Insane asylums in Bengal annual reports 1876-1887 - 1876-1887
Year: 1876
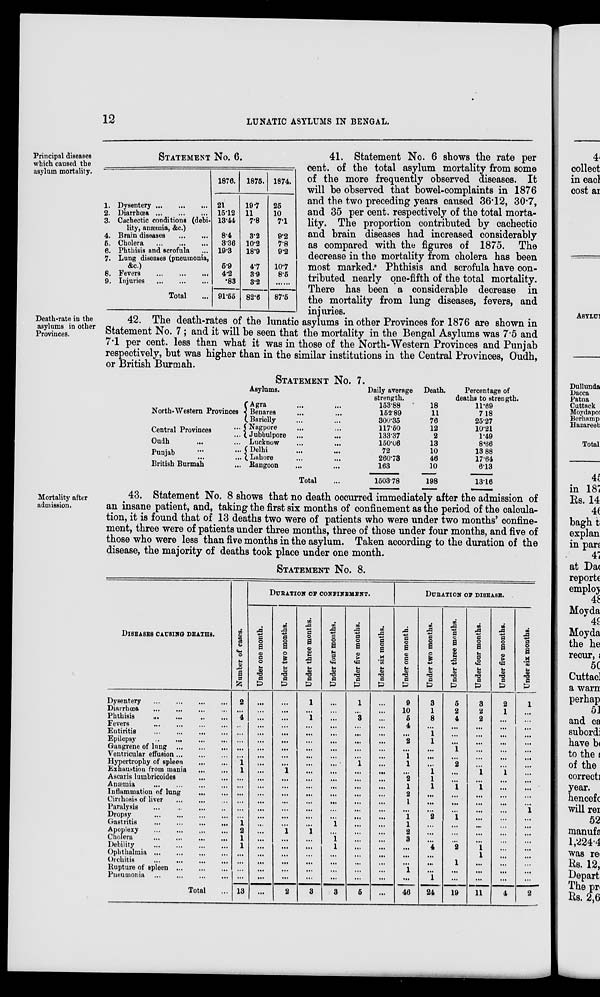
12
LUNATIC ASYLUMS IN BENGAL.
Principal diseases
which caused the
asylum mortality.
STATEMENT No. 6.
1. Dysentery
...
...
...
2. Diarrhœa
...
...
...
3. Cachectic conditions (debi-
lity, anæmia, &c.)
4. Brain diseases ... ... ...
5. Cholera ... ... ...
6. Phthisis and scrofula ...
7. Lung diseases (pneumonia,
&c.)
8. Fevers
...
...
...
9. Injuries
...
...
...
Total ...
1876.
21
15.12
13.44
8.4
336
19.3
5.9
4.2
.83
91.55
1875.
19.7
11
7.8
3.2
10.2
18.9
4.7
3.9
3.2
82.6
1874.
25
10
7.1
9.2
7.8
9.2
10.7
8.5
87.5
41. Statement No. 6 shows the rate per
cent. of the total asylum mortality from some
of the more frequently observed diseases. It
will be observed that bowel-complaints in 1876
and the two preceding years caused 36.12, 30.7,
and 35 per cent. respectively of the total morta-
lity. The proportion contributed by cachectic
and brain diseases had increased considerably
as compared with the figures of 1875. The
decrease in the mortality from cholera has been
most marked. Phthisis and scrofula have con-
tributed nearly one-fifth of the total mortality.
There has been a considerable decrease in
the mortality from lung diseases, fevers, and
injuries.
Death-rate in the
asylums in other
Provinces.
42. The death-rates of the lunatic asylums in other Provinces for 1876 are shown in
Statement No. 7; and it will be seen that the mortality in the Bengal Asylums was 7.5 and
7.1 per cent. less than what it was in those of the North-Western Provinces and Punjab
respectively, but was higher than in the similar institutions in the Central Provinces, Oudh,
or British Burmah.
STATEMENT No. 7.
Asylums.
North-Western Provinces
Central Provinces ...
Oudh ... ...
Punjab ... ...
British Burmah ...
Agra ... ...
Benares
... ...
Barielly ... ...
Nagpore ... ...
Jubbulpore ... ...
Lucknow
...
...
Delhi ... ...
Lahore ... ...
Rangoon ... ...
Total ...
Daily average
strength.
153.88
152.89
300.35
117.50
133.37
150.06
72
260.73
163
1503.78
Death.
18
11
76
12
2
13
10
46
10
198
Percentage of
deaths to strength.
11.69
7.18
25.27
10.21
1.49
8.66
13.88
17.64
6.13
13.16
Mortality after
admission.
43. Statement No. 8 shows that no death occurred immediately after the admission of
an insane patient, and, taking the first six months of confinement as the period of the calcula-
tion, it is found that of 13 deaths two were of patients who were under two months’ confine-
ment, three were of patients under three months, three of those under four months, and five of
those who were less than five months in the asylum. Taken according to the duration of the
disease, the majority of deaths took place under one month.
STATEMENT No. 8.
DISEASES CAUSING DEATHS.
Dysentery
...
...
...
...
Diarrhœa
...
...
...
...
Phthisis
...
...
...
...
Fevers ... ... ... ...
Entiritis
...
...
...
...
Epilepsy
...
...
...
...
Gangrene of lung ... ... ...
Ventricular effusion ... ... ...
Hypertrophy of spleen ... ...
Exhaustion from mania ... ...
Ascaris lumbricoides ... ...
Anæmia
...
...
...
...
Inflammation of lung ... ...
Cirrhosis of liver ... ... ...
Paralysis
...
...
...
...
Dropsy
...
...
...
...
Gastritis
...
...
...
...
Apoplexy
...
...
...
...
Cholera
...
...
...
...
Debility
...
...
...
...
Ophthalmia
...
...
...
...
Orchitis
...
...
...
...
Rupture of spleen ... ... ... ...
Pneumonia
...
...
...
...
Total ...
Number of cases.
2
...
4
...
...
...
...
...
1
1
...
...
...
...
...
...
1
2
1
1
...
...
...
...
13
DURATION OF CONFINEMENT.
Under one month.
...
...
...
...
...
...
...
...
...
...
...
...
...
...
...
...
...
...
...
...
...
...
...
...
...
Under two months.
...
...
...
...
...
...
...
...
...
1
...
...
...
...
...
...
...
1
...
...
...
...
...
...
2
Under three months.
1
...
1
...
...
...
...
...
...
...
...
...
...
...
...
...
...
1
...
...
...
...
...
...
3
Under four months.
...
...
...
...
...
...
...
...
...
...
...
...
...
...
...
...
1
...
1
1
...
...
...
...
3
Under five months.
1
...
3
...
...
...
...
1
...
...
...
...
...
...
...
...
...
...
...
...
...
...
...
5
Under six months.
...
...
...
...
...
..
...
...
...
...
...
...
...
...
...
...
...
...
...
...
...
...
...
...
...
DURATION OF DISEASE.
Under one month.
9
10
5
4
...
2
...
1
1
...
2
1
2
1
...
1
1
2
3
...
...
...
1
...
46
Under two months.
3
1
8
...
1
1
...
...
...
1
1
1
...
...
...
2
...
...
...
4
...
...
...
1
24
Under three months.
5
2
4
...
...
...
1
...
2
...
...
1
...
...
...
1
...
...
...
2
...
1
...
...
19
Under four months.
3
2
2
...
...
...
...
...
...
1
...
1
...
...
...
...
...
...
...
1
1
...
...
...
11
Under five months.
2
1
...
...
...
...
...
...
...
1
...
...
...
...
...
...
...
...
...
...
...
...
...
...
4
Under six months.
1
...
...
...
...
...
...
...
...
...
...
...
...
...
1
...
...
...
...
...
...
...
...
...
2